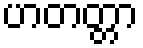
ဟတတ္တာ